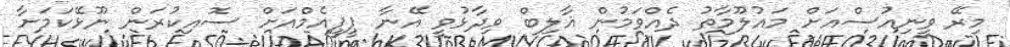
މިރޭ ވީނިއުސްއަށް މައުލޫމާތު ދެއްވަމުން ޣާލިބް ވިދާޅުވީ އޭނާ ޕީޕީއެމްއަށް ސޮއިކުރަން ނޫޅޭކަމަށާ